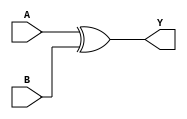
module xorg (A, B, Y); 
input A, B; 
output Y; 
assign Y = A ^ B ; 
endmodule